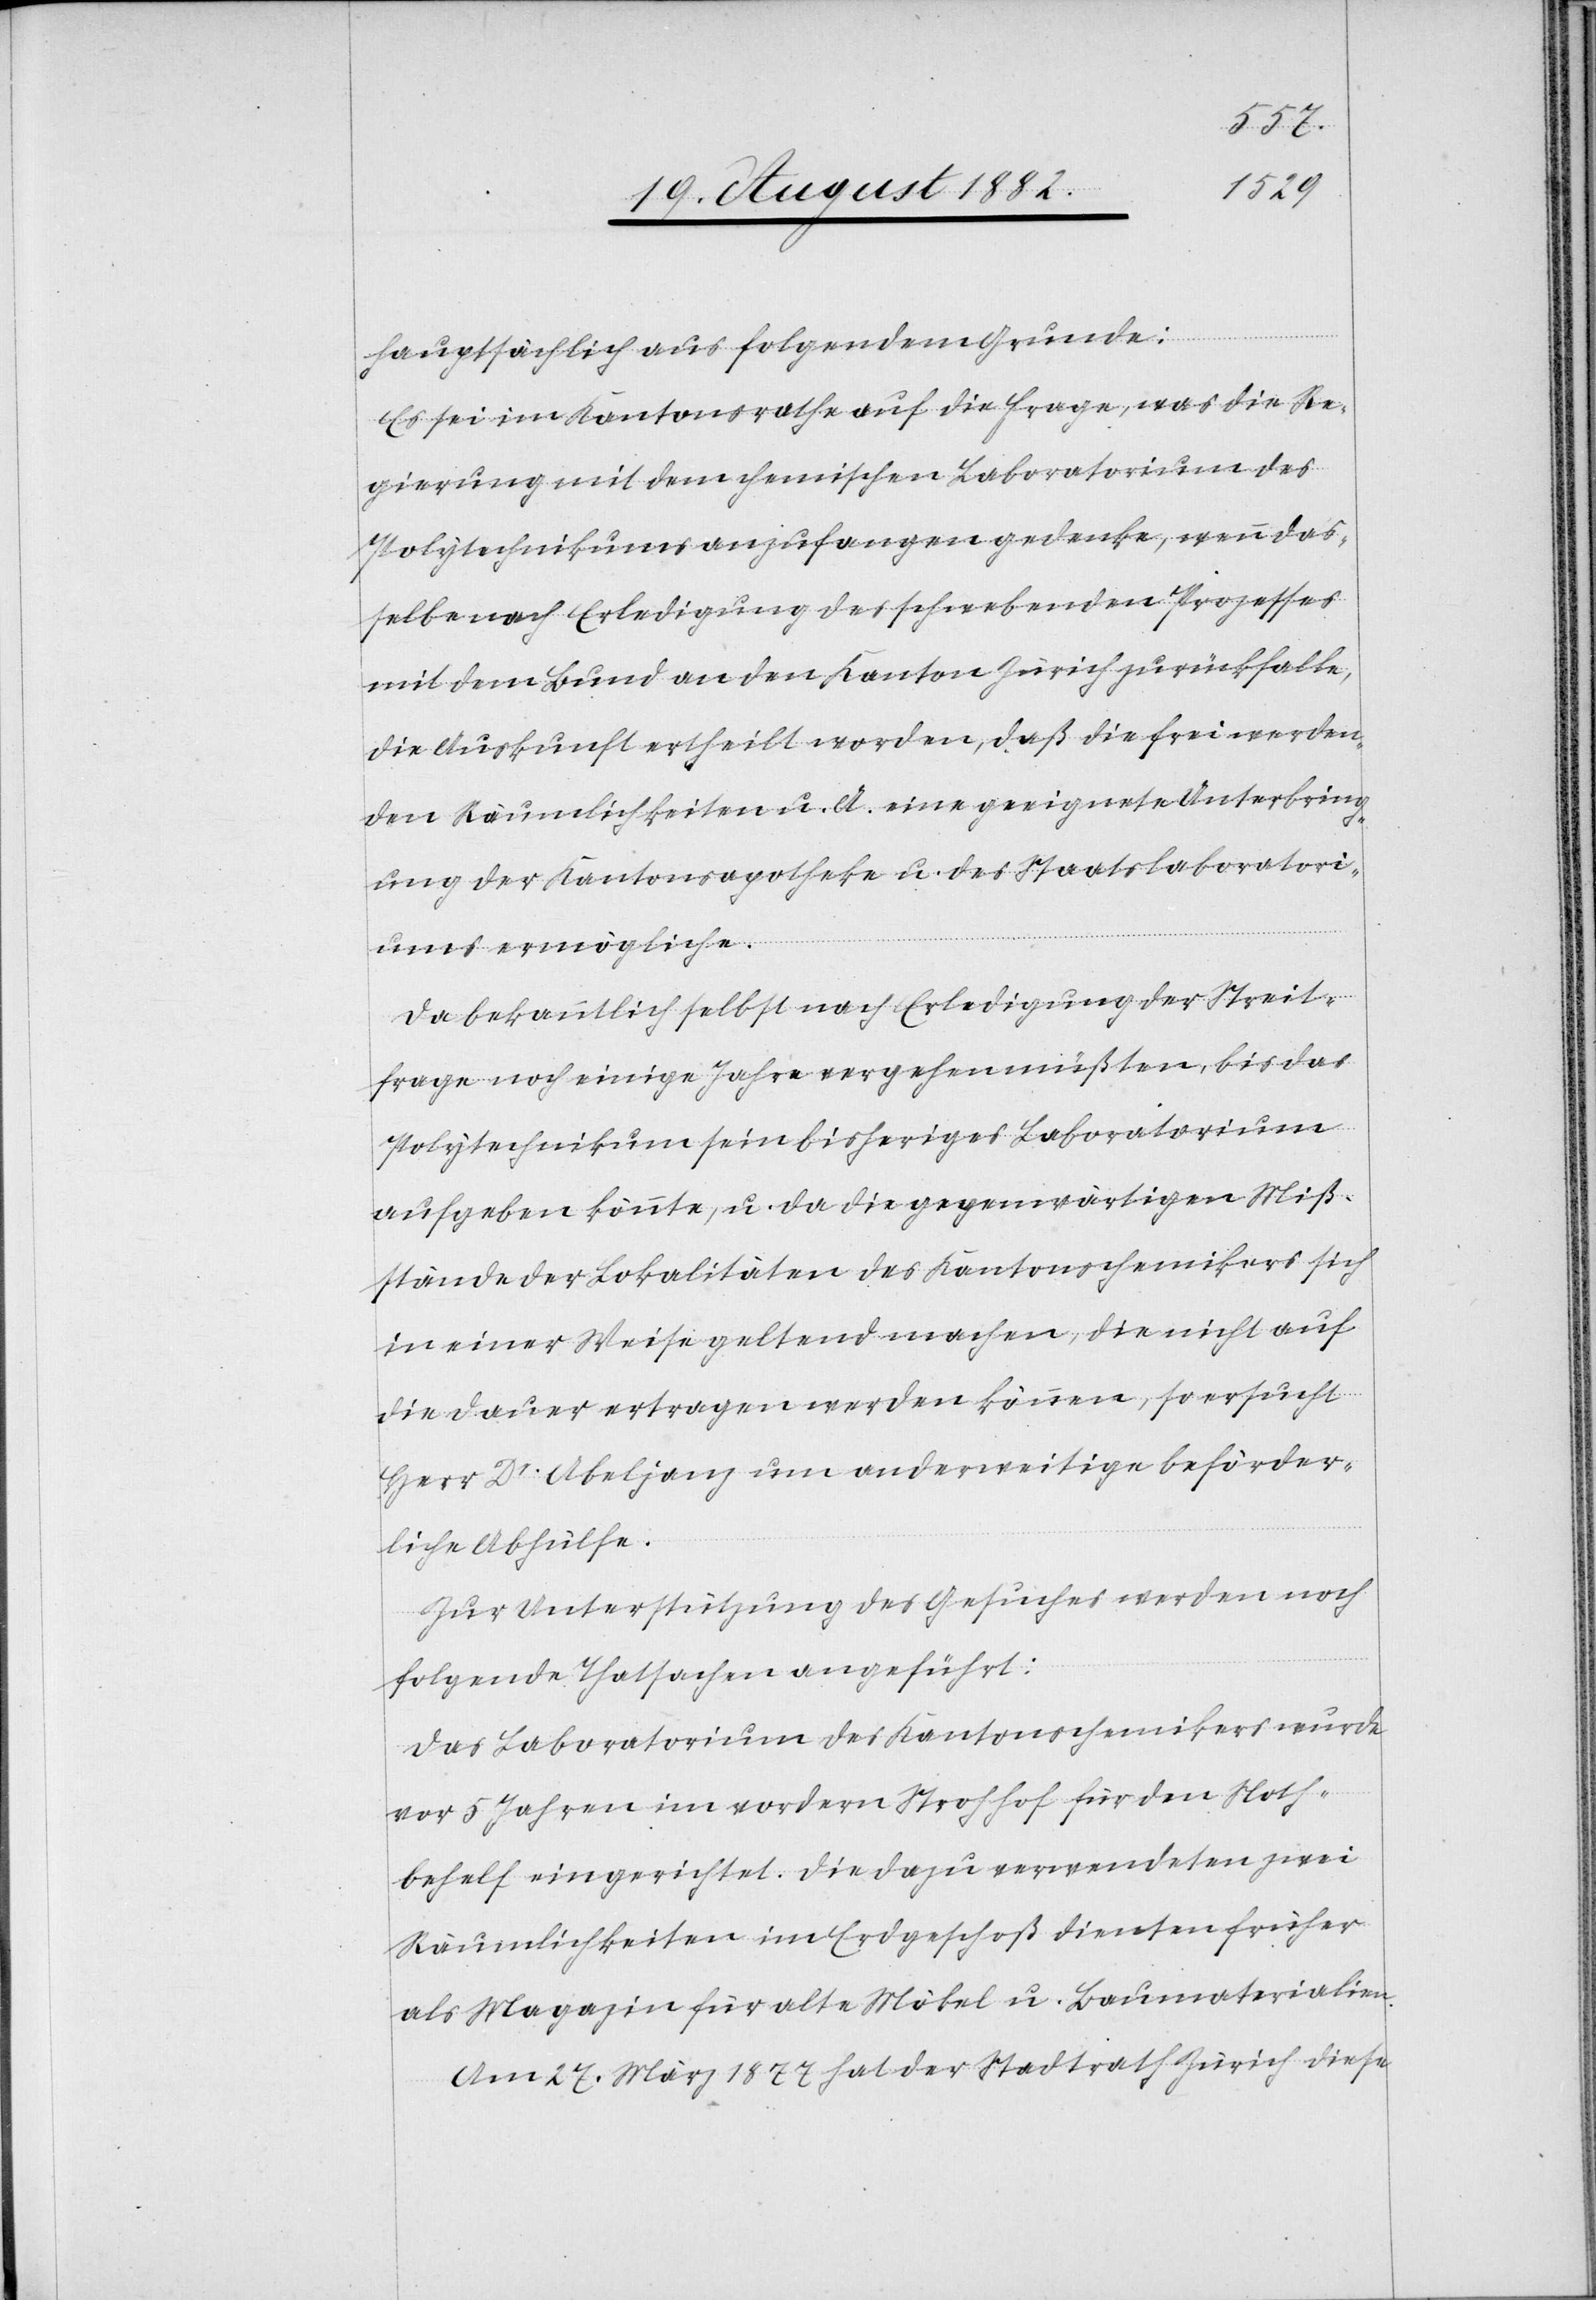
hauptsächlich aus folgendem Grunde:
Es sei im Kantonsrathe auf die Frage, was die Re¬
gierung mit dem chemischen Laboratorium des
Polytechnikums anzufangen gedenke, wenn das¬
selbe nach Erledigung des schwebenden Prozesses
mit dem Bund an den Kanton Zürich zurückfalle,
die Auskunft ertheilt worden, daß die frei werden¬
den Räumlichkeiten u. A. eine geeignete Unterbring¬
ung der Kantonsapotheke u. des Staatslaboratori¬
ums ermögliche.
Da bekanntlich selbst nach Erledigung der Streit¬
frage noch einige Jahre vergehen müßten, bis das
Polytechnikum sein bisheriges Laboratorium
aufgeben könnte, u. da die gegenwärtigen Miß¬
stände der Lokalitäten des Kantonschemikers sich
in einer Weise geltend machen, die nicht auf
die Dauer ertragen werden können, so ersucht
Herr Dr Abeljanz um anderweitige beförder¬
liche Abhülfe.
Zur Unterstützung des Gesuches werden noch
folgende Thatsachen angeführt:
Das Laboratorium des Kantonschemikers wurde
vor 5 Jahren im vordern Strohhof für den Noth¬
behelf eingerichtet. Die dazu verwendeten zwei
Räumlichkeiten im Erdgeschoß dienten früher
als Magazin für alte Möbel u. Baumaterialien.
Am 27. März 1877 hat der Stadtrath Zürich diese